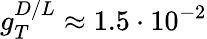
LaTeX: g_{T}^{D/L}\approx 1.5\cdot 10^{-2}